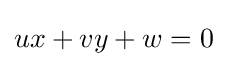
ux+vy+w=0